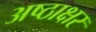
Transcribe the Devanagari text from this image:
अष्ठाक्षर